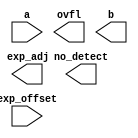
////////////////////////////////////////////////////////////////////////////////
//
//       This confidential and proprietary software may be used only
//     as authorized by a licensing agreement from Synopsys Inc.
//     In the event of publication, the following notice is applicable:
//
//                    (C) COPYRIGHT 2004 - 2018 SYNOPSYS INC.
//                           ALL RIGHTS RESERVED
//
//       The entire notice above must be reproduced on all authorized
//     copies.
//
//
// VERSION:   Simulation Architecture for DW_norm
//
// DesignWare_version: 65c5408d
// DesignWare_release: O-2018.06-DWBB_201806.3
//
////////////////////////////////////////////////////////////////////////////////
//-------------------------------------------------------------------------------
//
// ABSTRACT:  Normalization unit
//           This component shifts the input bit vector to the left till
//           the resulting vector has a 1 in the MS bit position. Parameters
//	     control the size of the input and output and the search limit
//           for the MS 1 bit. The input and output must be of the same   
//           size. 
//
//                         1 in the search window.
//            9/30/2008 - AFT - Modified to have the number of shifted bit positions during 
//                         normalization added (exp_ctr=0) or subtracted (exp_ctr=1) 
//                         to become the value of exp_adj
//            6/19/2012 - RJK - dded parameter checking for exp_width as it relates
//                         to srch_wind (STAR 9000541092)
//            8/10/2012 - AFT - fixed lint errors
//
//-------------------------------------------------------------------------------

module DW_norm(a, exp_offset, no_detect, ovfl, b, exp_adj);
  parameter integer a_width=8;
  parameter integer srch_wind=8;
  parameter integer exp_width=4;
  parameter integer exp_ctr=0;

  input [a_width-1:0] a;
  input [exp_width-1:0] exp_offset;
   
  output no_detect;
  output ovfl;
  output [a_width-1:0] b;
  output [exp_width-1:0] exp_adj;

  // synopsys translate_off

// include modeling functions
//  `include "DW_norm_function.inc"  
 
      
  //-------------------------------------------------------------------------
  // Parameter legality check
  //-------------------------------------------------------------------------

    
 
  initial begin : parameter_check
    integer param_err_flg;

    param_err_flg = 0;
    
    
    if (a_width < 2) begin
      param_err_flg = 1;
      $display(
	"ERROR: %m :\n  Invalid value (%d) for parameter a_width (lower bound: 2)",
	a_width );
    end
    
    if (srch_wind < 1) begin
      param_err_flg = 1;
      $display(
	"ERROR: %m :\n  Invalid value (%d) for parameter srch_wind (lower bound: 1)",
	srch_wind );
    end     
    
    if (exp_width < 1) begin
      param_err_flg = 1;
      $display(
	"ERROR: %m :\n  Invalid value (%d) for parameter exp_width (lower bound: 1)",
	exp_width );
    end     
    
    if (exp_ctr < 0) begin
      param_err_flg = 1;
      $display(
	"ERROR: %m :\n  Invalid value (%d) for parameter exp_ctr (lower bound: 0)",
	exp_ctr );
    end     
    
    if ( (1 << exp_width) < srch_wind ) begin
      param_err_flg = 1;
      $display(
	"ERROR: %m : Invalid combination of srch_wind and exp_width values.  The srch_wind value cannot exeed 2**exp_width value." );
    end
    
    if ( param_err_flg == 1) begin
      $display(
        "%m :\n  Simulation aborted due to invalid parameter value(s)");
      $finish;
    end

  end // parameter_check 
  

// function that detects the MS 1 bit in the window given by srch_wind
// returns the number of bits that are zeros on the MS bit positions
// The exp_width must be at least log2(srch_wind)+1
function[a_width-1:0] ms_one_index;

 input  [a_width-1:0] a;

 begin // search for the MS 1 in the search window...
   ms_one_index = 0;
   while (a[a_width-1-ms_one_index] == 1'b0 && 
	  ms_one_index < a_width-1 && 
          ms_one_index < srch_wind-1) 
   begin
      ms_one_index = ms_one_index + 1;
   end  // while
 end

endfunction

wire [a_width-1:0] Index;
wire [a_width+exp_width-1:0] Index_ext;
wire [a_width+exp_width-1:0] exp_offset_ext;
wire [exp_width-1:0] adjusted_offset;
wire [a_width+exp_width-1:0] adjusted_offset_ext;
wire ovfl_int;

  assign Index = ms_one_index(a);
  assign Index_ext = Index;
  assign exp_offset_ext = exp_offset;
  assign adjusted_offset_ext = (exp_ctr==1)?(exp_offset_ext - Index_ext) : (exp_offset_ext + Index_ext);
  assign adjusted_offset = adjusted_offset_ext[exp_width-1:0];
  assign exp_adj =  ((^(a ^ a) !== 1'b0) || (^(exp_offset ^ exp_offset) !== 1'b0)) ? {exp_width{1'bx}} : adjusted_offset;
  assign b = ((^(a ^ a) !== 1'b0) || (^(exp_offset ^ exp_offset) !== 1'b0)) ? {exp_width+1{1'bx}} : a << Index;
  assign no_detect = ((^(a ^ a) !== 1'b0) || (^(exp_offset ^ exp_offset) !== 1'b0)) ? 1'bx : 
	    	        (a[a_width-1-Index]==1'b0) ? 1'b1: 1'b0;
  assign ovfl_int = (exp_ctr==1) ? ((adjusted_offset > exp_offset) ? 1'b1 : 1'b0) :
	            (((adjusted_offset<exp_offset)&&(adjusted_offset<Index))? 1'b1 : 1'b0);

  assign ovfl = ((^(a ^ a) !== 1'b0) || (^(exp_offset ^ exp_offset) !== 1'b0)) ? 1'bx : ovfl_int;

 // synopsys translate_on

endmodule